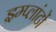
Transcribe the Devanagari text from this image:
इम्प्लांटों